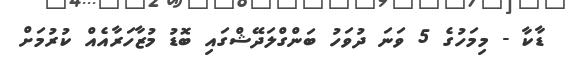
ޑާކާ - މިމަހުގެ 5 ވަނަ ދުވަހު ބަންގްލަދޭޝްގައި ބޮޑު މުޒާހަރާއެއް ކުރުމަށް